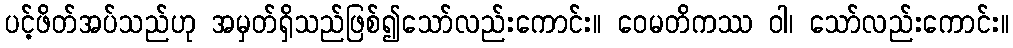
ပင့်ဖိတ်အပ်သည်ဟု အမှတ်ရှိသည်ဖြစ်၍သော်လည်းကောင်း။ ဝေမတိကဿ ဝါ၊ သော်လည်းကောင်း။